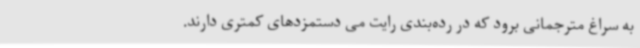
به سراغ مترجمانی برود که در رده‌بندی رایت می دستمزدهای کمتری دارند.